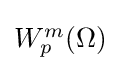
\textstyle W_{p}^{m}(\Omega )